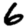
Digit: 6